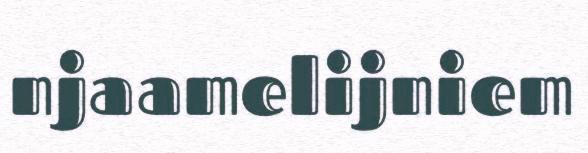
njaamelijniem